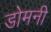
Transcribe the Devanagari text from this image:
डोमनी